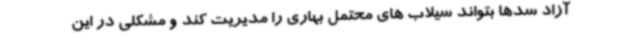
آزاد سدها بتواند سیلاب های محتمل بهاری را مدیریت کند و مشکلی در این